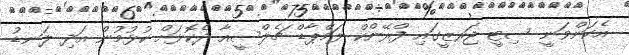
އެކަންވަނީ ސިޓީ ޖަރޒީގައި ފްރޭންކް ލަމްޕާޑް ޗެލްސީއާ ދެކޮޅަށް ކުޅުމުން އަދި ލަނޑު